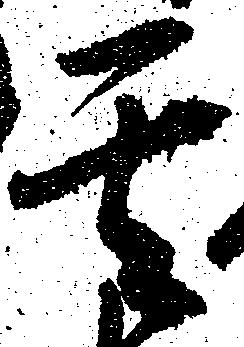
其